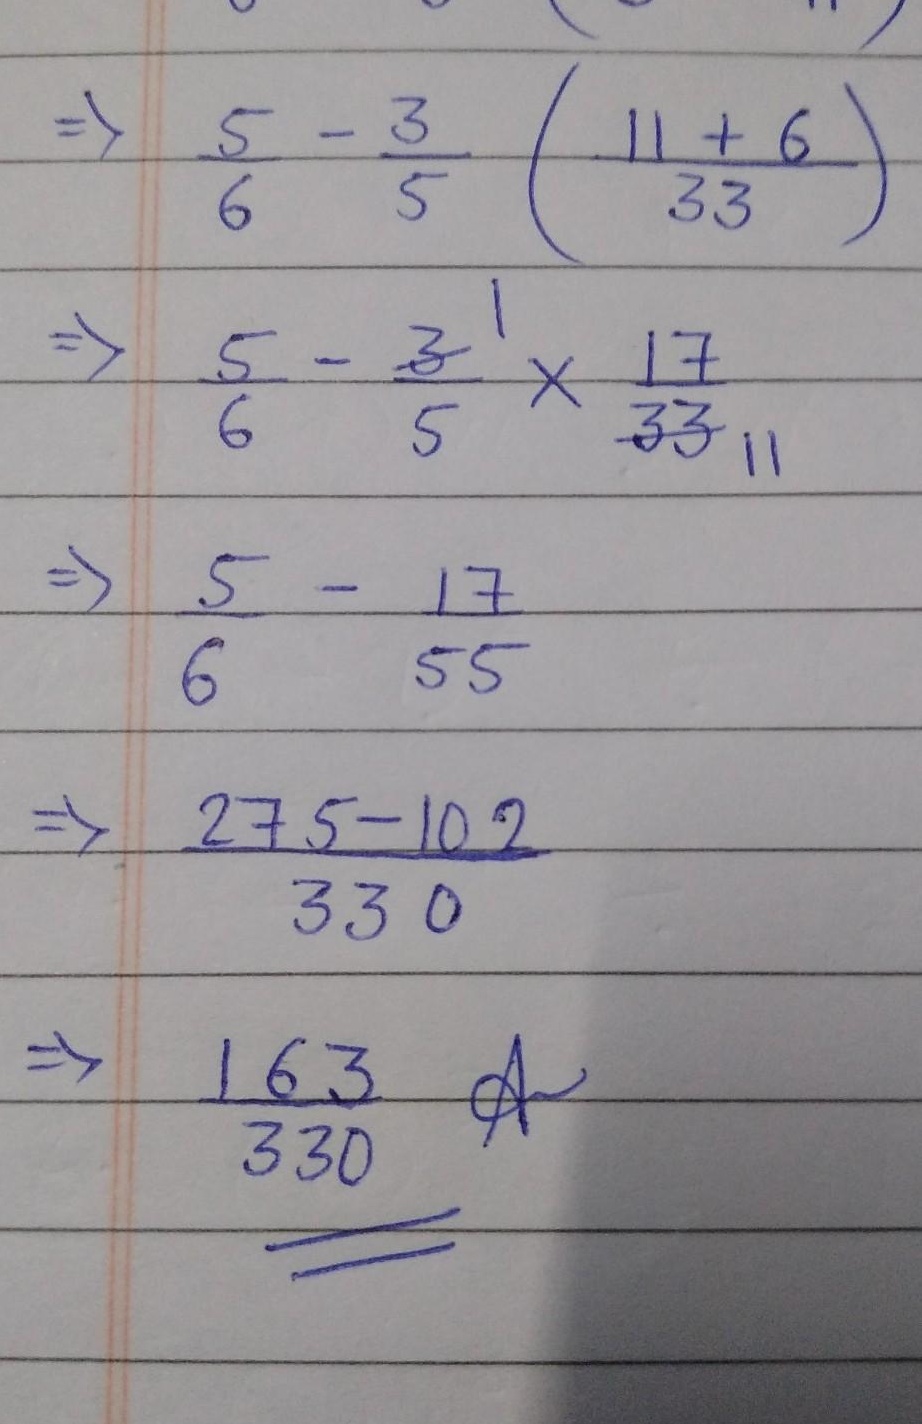
\[\begin{align*}
&\frac{5}{6}-\frac{3}{5}\left(\frac{11 + 6}{33}\right)\\
=&\frac{5}{6}-\frac{3}{5}\times\frac{17}{33}\\
=&\frac{5}{6}-\frac{17}{55}\\
=&\frac{275 - 102}{330}\\
=&\frac{163}{330}
\end{align*}\]